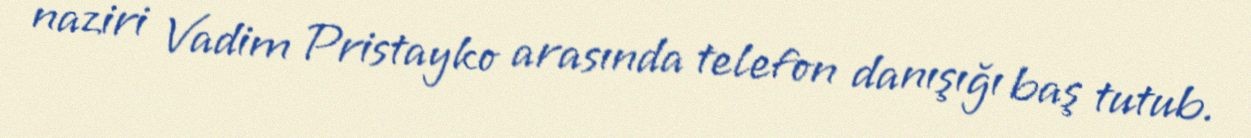
naziri Vadim Pristayko arasında telefon danışığı baş tutub.